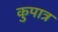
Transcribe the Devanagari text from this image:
कुपात्र